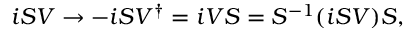
i S V \to - i S V ^ { \dag } = i V S = S ^ { - 1 } ( i S V ) S ,